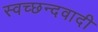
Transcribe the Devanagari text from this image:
स्वच्छन्दवादी